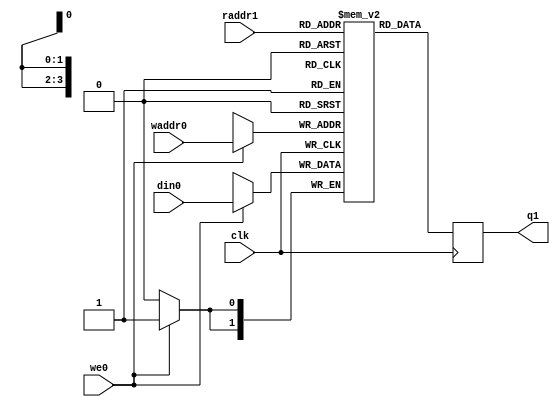

module mem
    (input                clk
     ,input [3:0]         waddr0
     ,input               we0
     ,input [1:0]        din0
     ,input [3:0]         raddr1
     ,output reg [1:0]   q1
     );

   reg [1:0] rf[15:0];

   always @(posedge clk) begin
     q1 <= rf[raddr1];
     if (we0) begin
       rf[waddr0] <= din0;
     end
   end

endmodule